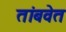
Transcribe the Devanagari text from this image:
तांबवेत